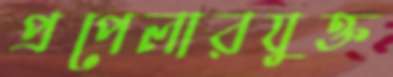
প্রপেলারযুক্ত